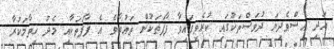
އަދި އިސްވެދިޔަ ދުވަސްތަކުގައި ކުރެވިފައިވާ ފާފަތަކުން ތައުބާވެ އެ ފާފަތަކާއި މެދު ހިތާމަކުރާ